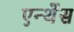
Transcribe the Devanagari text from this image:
एन्थेंस